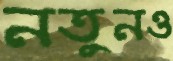
নতুনও